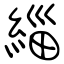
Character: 緇